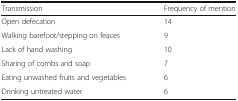
<table><thead><tr><td><b>Transmission</b></td><td><b>Frequency of mention</b></td></tr></thead><tbody><tr><td>Open defecation</td><td>14</td></tr><tr><td>Walking barefoot/stepping on feaces</td><td>9</td></tr><tr><td>Lack of hand washing</td><td>10</td></tr><tr><td>Sharing of combs and soap</td><td>7</td></tr><tr><td>Eating unwashed fruits and vegetables</td><td>6</td></tr><tr><td>Drinking untreated water</td><td>6</td></tr></tbody></table>